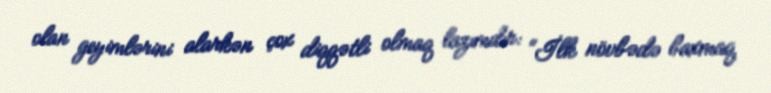
olan geyimlərini alarkən çox diqqətli olmaq lazımdır: “İlk növbədə baxmaq